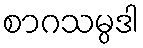
စာဂသမ္ပဒါ